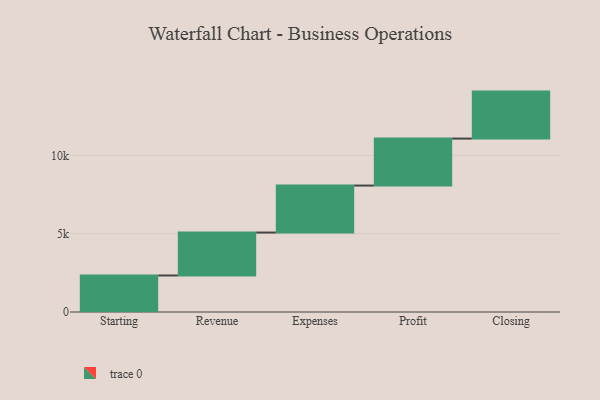
{"axis": {"x": "Step", "y": "Value"}, "legend": [""], "data": [{"x": "Starting", "y": 2332.0, "type": ""}, {"x": "Revenue", "y": 2742.0, "type": ""}, {"x": "Expenses", "y": 3000, "type": ""}, {"x": "Profit", "y": 3000, "type": ""}, {"x": "Closing", "y": 3000, "type": ""}]}